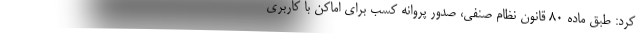
کرد: طبق ماده ۸۰ قانون نظام صنفی، صدور پروانه کسب برای اماکن با کاربری